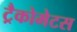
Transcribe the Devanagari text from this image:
ट्रैकोमेटस